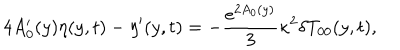
4 A _ { 0 } ^ { \prime } ( y ) \eta ( y , t ) - \eta ^ { \prime } ( y , t ) = - \frac { e ^ { 2 A _ { 0 } ( y ) } } { 3 } \kappa ^ { 2 } \delta T _ { 0 0 } ( y , t ) ,